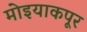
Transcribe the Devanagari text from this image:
मोइयाकपूर